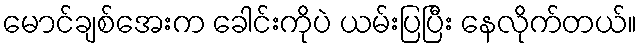
မောင်ချစ်အေးက ခေါင်းကိုပဲ ယမ်းပြပြီး နေလိုက်တယ်။